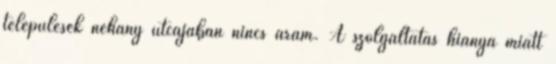
települések néhány utcájában nincs áram. A szolgáltatás hiánya miatt